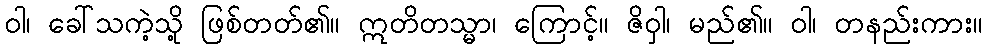
ဝါ၊ ခေါ်သကဲ့သို့ ဖြစ်တတ်၏။ ဣတိတသ္မာ၊ ကြောင့်။ ဇိဝှါ၊ မည်၏။ ဝါ၊ တနည်းကား။